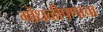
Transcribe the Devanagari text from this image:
गोंधळीपणाचा